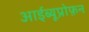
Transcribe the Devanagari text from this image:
आईब्यूप्रोफ़न